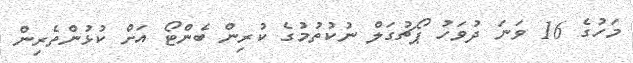
މަހުގެ 16 ވަނަ ދުވަހު ޕޯޗުގަލް ނުކުތުމުގެ ކުރިން ބެންޓޯ އަށް ކުޅުންތެރިން